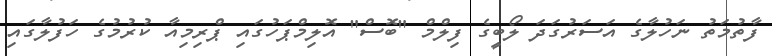
ފާތުމަތު ނަހުލާގެ އަސަރުގަދަ ލޯބީގެ ފިލްމް "ބޮސް" އޮލިމްޕަހުގައި ޕްރިމިއާ ކުރުމުގެ ހަފުލާގައި